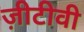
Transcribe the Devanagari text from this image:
ज़ीटीवी